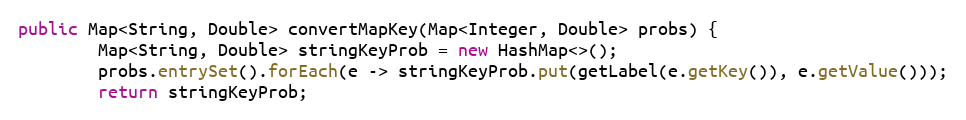
Language: Java
public Map<String, Double> convertMapKey(Map<Integer, Double> probs) {
        Map<String, Double> stringKeyProb = new HashMap<>();
        probs.entrySet().forEach(e -> stringKeyProb.put(getLabel(e.getKey()), e.getValue()));
        return stringKeyProb;